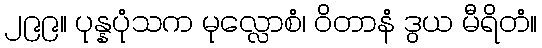
၂၉၉။ ပုန္နပုံသက မုလ္လောစံ၊ ဝိတာနံ ဒွယ မီရိတံ။